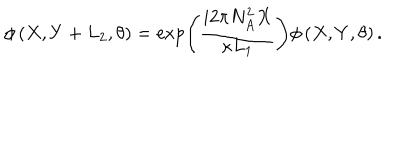
\phi \left( X , Y + L _ { 2 } , \theta \right) = \exp \left( \frac { i 2 \pi N _ { A } ^ { 2 } X } { \kappa L _ { 1 } } \right) \phi \left( X , Y , \theta \right) .